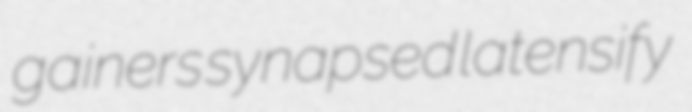
gainers synapsed latensify